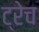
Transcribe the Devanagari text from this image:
ट्रेच